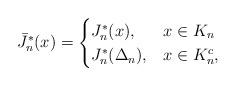
LaTeX: \begin{align*}\bar{J}_n^*(x) = \begin{cases}J_n^*(x), & x\in K_n \\J_n^*(\Delta_n) , & x \in K_n^c,\end{cases}\end{align*}